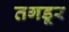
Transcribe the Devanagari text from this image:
तगडूर